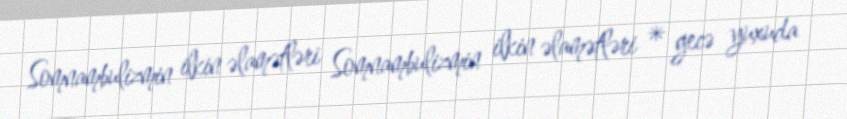
Somnambulizmin ilkin əlamətləri Somnambulizmin ilkin əlamətləri * gecə yuxuda